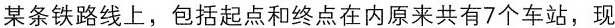
某条铁路线上，包括起点和终点在内原来共有7个车站，现